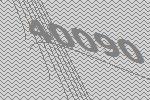
40090